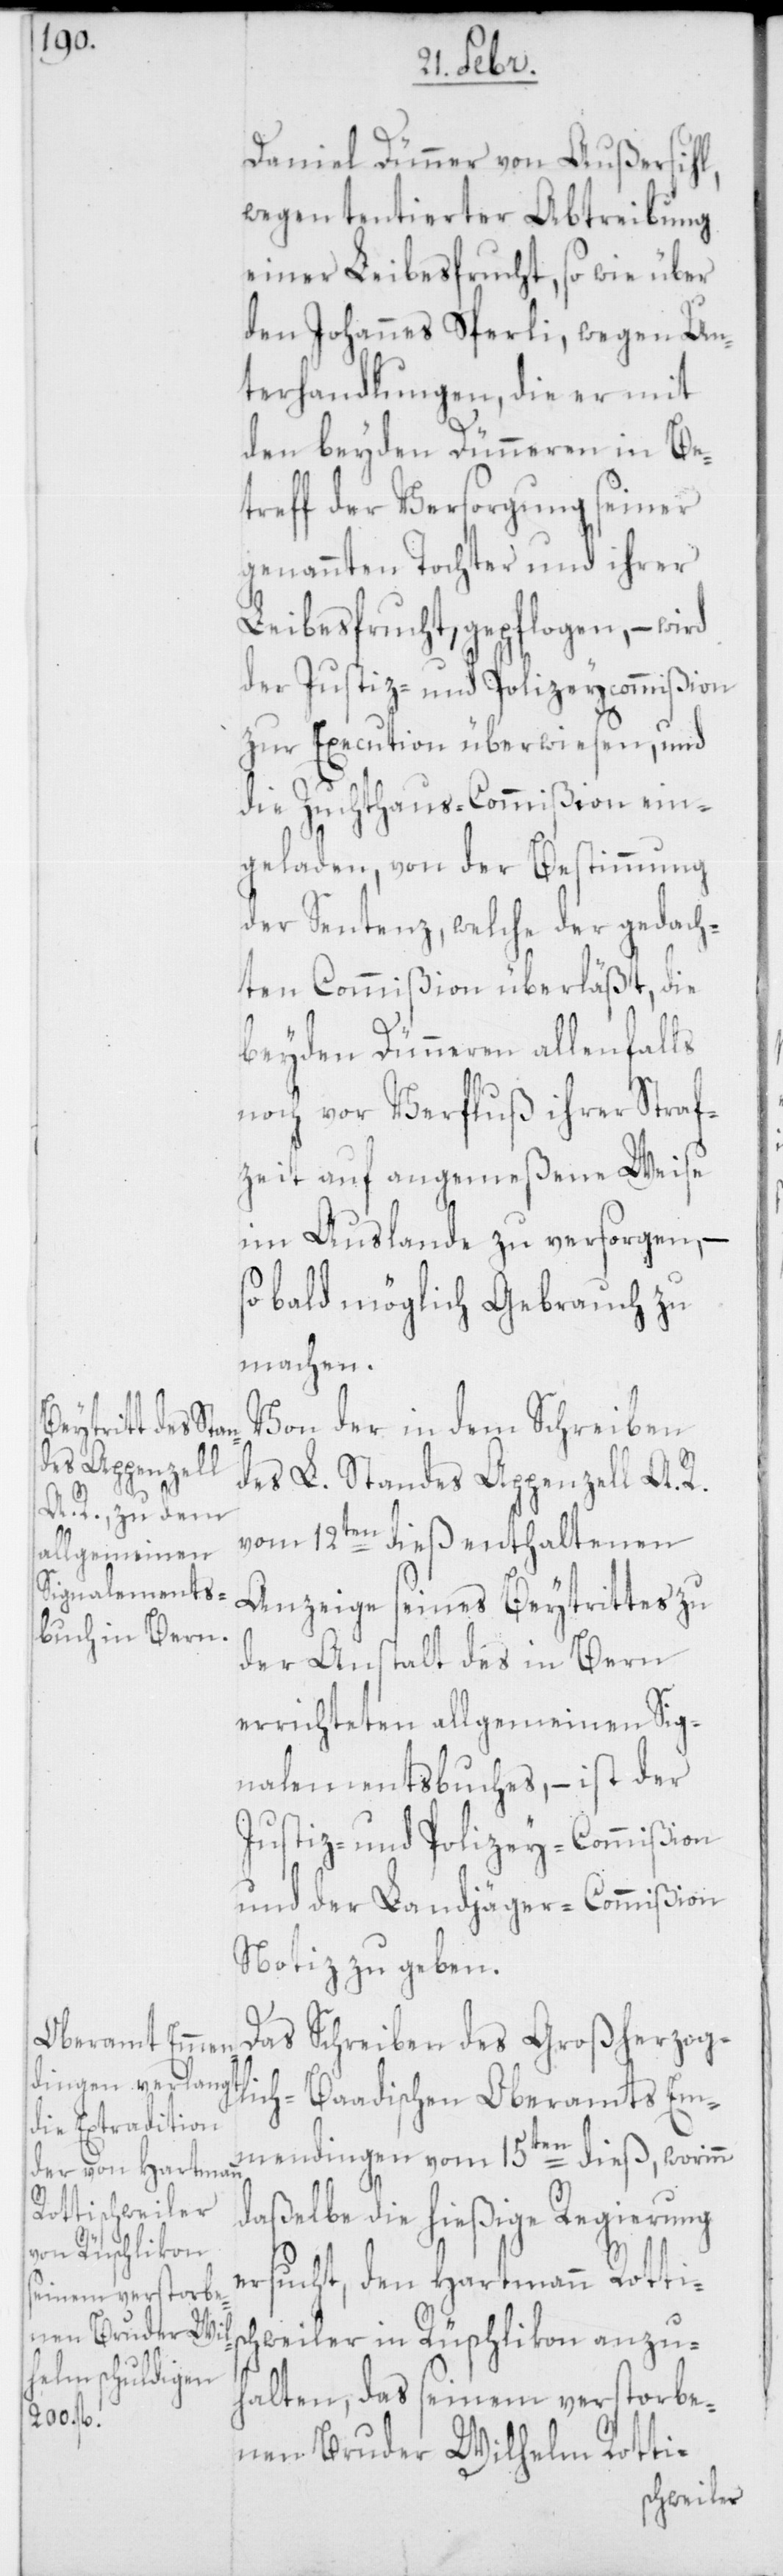
Daniel Dünner von Außersihl,
wegen tentierter Abtreibung
einer Leibesfrucht, so wie über
den Johannes Sperli, wegen Un¬
terhandlungen, die er mit
den beyden Dünneren in Be¬
treff der Versorgung seiner
genannten Tochter und ihrer
Leibesfrucht, gepflogen, – wird
der Justiz- und Polizeycommißion
zur Execution überwiesen, und
die Zuchthaus-Commißion ein¬
geladen, von der Bestimmung
der Sentenz, welche der gedach¬
ten Commißion überläßt, die
beyden Dünneren allenfalls
noch vor Verfluß ihrer Straf¬
zeit auf angemeßene Weise
im Auslande zu versorgen, –
sobald möglich Gebrauch zu
machen.
Von der in dem Schreiben
des L. Standes Appenzell A. R.
vom 12ten dieß enthaltenen
Anzeige seines Beytrittes zu
der Anstalt des in Bern
errichteten allgemeinen Sig¬
nalementsbuches, – ist der
Justiz- und Polizey-Commißion
und der Landjäger-Commißion
Notiz zu geben.
Das Schreiben des Großherzog¬
lich-Baadischen Oberamts Em¬
mendingen vom 15ten dieß, worinn
daßelbe die hießige Regierung
ersucht, den Hartmann Rottis¬
chweiler in Rüschlikon anzu¬
halten, das seinem verstorbe¬
nen Bruder Wilhelm Rotti-